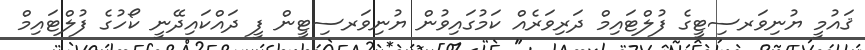
ޤައުމީ ޔުނިވަރސިޓީގެ ފުލްޓައިމް ދަރިވަރެއް ކަމުގައިވުން ޔުނިވަރސިޓީން ފީ ދައްކައިދޭނީ ކޯހުގެ ފުލްޓައިމް